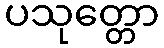
ပသုတ္တော